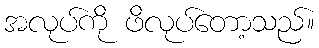
အလုပ်ကို ဖိလုပ်တော့သည်။